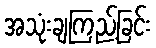
အသုံးချကြည့်ခြင်း